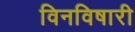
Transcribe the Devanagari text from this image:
विनविषारी